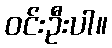
ဝင်းဦးပါ။